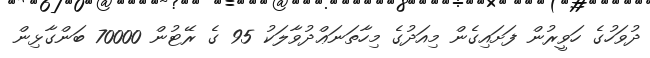
ދުވަހުގެ ހަވީރުން ފަށައިގެން މިއަދުގެ މިހާތަނަޢްދުވާލަކު 95 ގެ ރޭޓުން 70000 ބަންގާޅިން